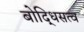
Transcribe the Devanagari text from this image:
बोद्धिसत्व